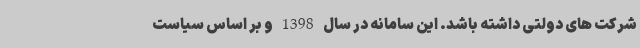
شرکت های دولتی داشته باشد. این سامانه در سال 1398 و بر اساس سیاست